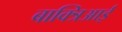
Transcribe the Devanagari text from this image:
बाक्त्रिआई